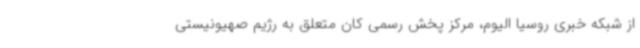
از شبکه خبری روسیا الیوم، مرکز پخش رسمی کان متعلق به رژیم صهیونیستی